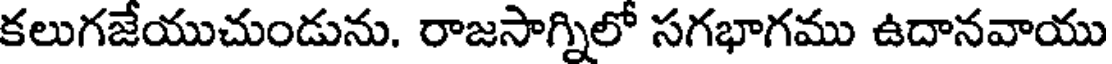
కలుగజేయుచుండును. రాజసాగ్నిలో సగభాగము ఉదానవాయు